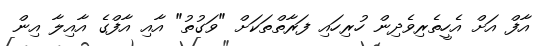
އާފް އަށް އެހީތެރިވެދިން ހުރިހައި ފަރާތްތަކަށް "ވަގުތު" އާއި އާފްގެ އާއިލާ އިން